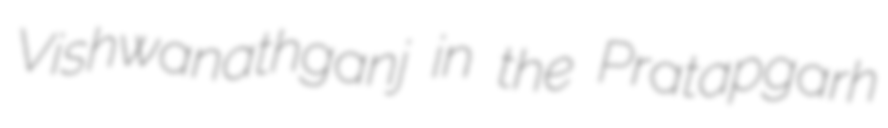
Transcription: Vishwanathganj in the Pratapgarh